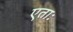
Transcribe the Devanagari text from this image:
एताः